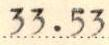
33.53